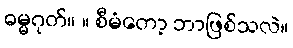
ဓမ္မဂုတ်။ ။ စီမံတော့ ဘာဖြစ်သလဲ။